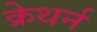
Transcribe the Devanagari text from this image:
क्रेथर्न